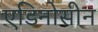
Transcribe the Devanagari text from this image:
एडिनोसीन